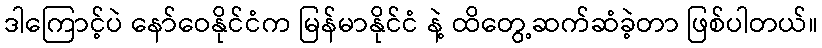
ဒါကြောင့်ပဲ နော်ဝေနိုင်ငံက မြန်မာနိုင်ငံ နဲ့ ထိတွေ့ဆက်ဆံခဲ့တာ ဖြစ်ပါတယ်။